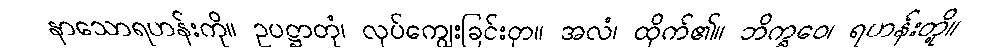
နာသောရဟန်းကို။ ဥပဋ္ဌာတုံ၊ လုပ်ကျွေးခြင်းငှာ။ အလံ၊ ထိုက်၏။ ဘိက္ခဝေ၊ ရဟန်းတို့။